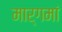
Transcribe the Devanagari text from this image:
मार्गमां